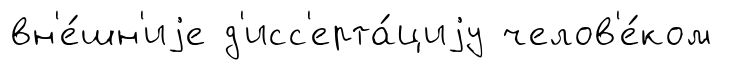
вн'е́шн'иjе д'исс'ерта́циjу челов'е́ком